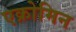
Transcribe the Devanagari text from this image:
एक्रोमिन